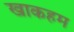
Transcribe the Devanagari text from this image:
खाकहम